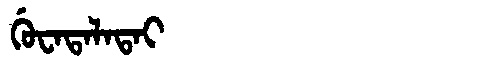
Manchu: ᡤᡠᠸᠠᡨᠠᠯᠠᡨᠠᡳ
Romanization: GUWATALATAI